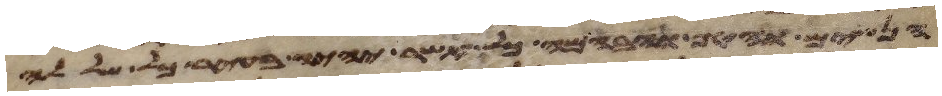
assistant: הנשים והטף והבהמה וכל אשר יהיה בעיר כל שללה